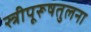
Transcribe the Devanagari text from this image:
स्त्रीपूरूषतुलना